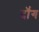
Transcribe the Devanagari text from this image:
दॉंग